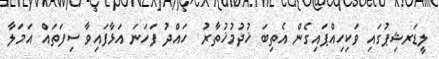
ލީޑަރޝިޕުގައި ވަކިހިއްޕައިގެން އެތިބަ ޚުދުމުޚުތާރު  ހައްދު ފަހަނަ އަޅާފައިވާ ސިފަތައް އަމަލާ